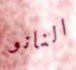
النانو